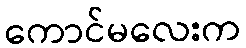
ကောင်မလေးက